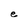
Character: e